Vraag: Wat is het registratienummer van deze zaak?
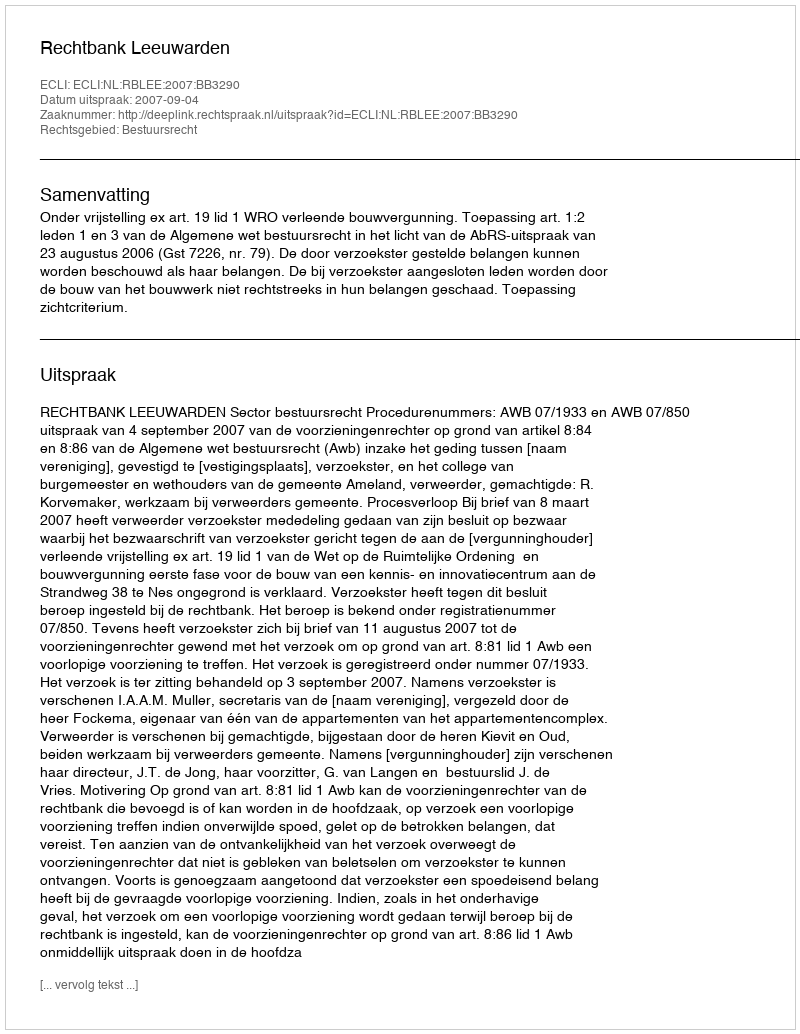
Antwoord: http://deeplink.rechtspraak.nl/uitspraak?id=ECLI:NL:RBLEE:2007:BB3290